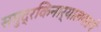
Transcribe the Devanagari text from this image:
समुद्रकिनार्यालगतचे